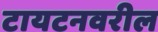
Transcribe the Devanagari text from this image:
टायटनवरील